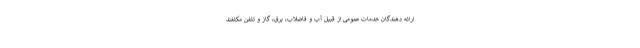
ارائه دهندگان خدمات عمومی از قبیل آب و فاضلاب، برق، گاز و تلفن مکلفند